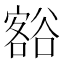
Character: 𮙐